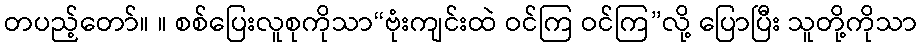
တပည့်တော်။ ။ စစ်ပြေးလူစုကိုသာ“ဗုံးကျင်းထဲ ဝင်ကြ ဝင်ကြ”လို့ ပြောပြီး သူတို့ကိုသာ